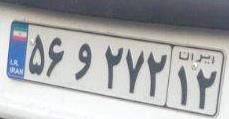
۵۶و۲۷۲۱۲